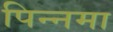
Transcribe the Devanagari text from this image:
पिन्नमा